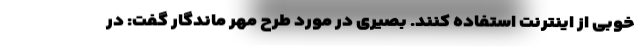
خوبی از اینترنت استفاده کنند. بصیری در مورد طرح مهر ماندگار گفت: در